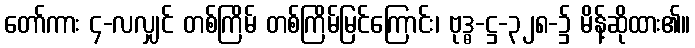
တော်ကား ၄-လလျှင် တစ်ကြိမ် တစ်ကြိမ်မြင်ကြောင်း၊ ဗုဒ္ဓ-ဋ္ဌ-၃၂၈-၌ မိန့်ဆိုထား၏။